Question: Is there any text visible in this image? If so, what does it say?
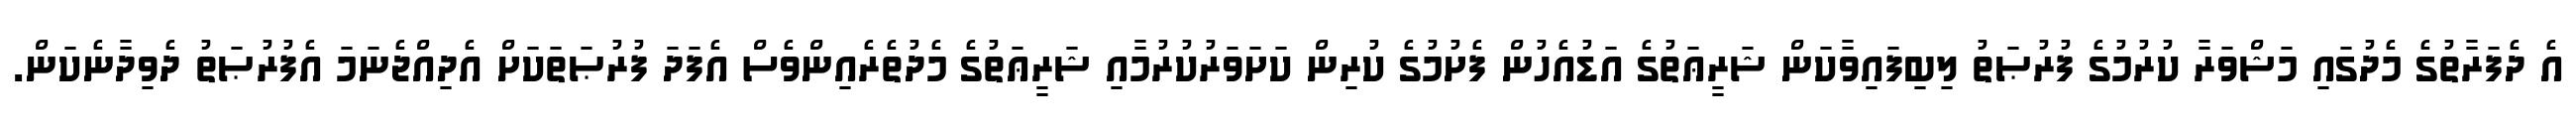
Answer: އެ ދެފަރާތުގެ މެދުގައި މަޝްވަރާ ކުރުމުގެ ފުރުޞަތު ލިބިފައިވާކަން ޝަރީޢަތުގެ އަޑުއެހުން ފެށުމުގެ ކުރިން ކަށަވަރުކުރުމާއި ޝަރީޢަތުގެ މެދުތެރެއިންވެސް އެފަދަ ފުރުޞަތަކަށް އެދިއްޖެނަމަ އެފުރުޞަތު ދެވިދާނެކަން.